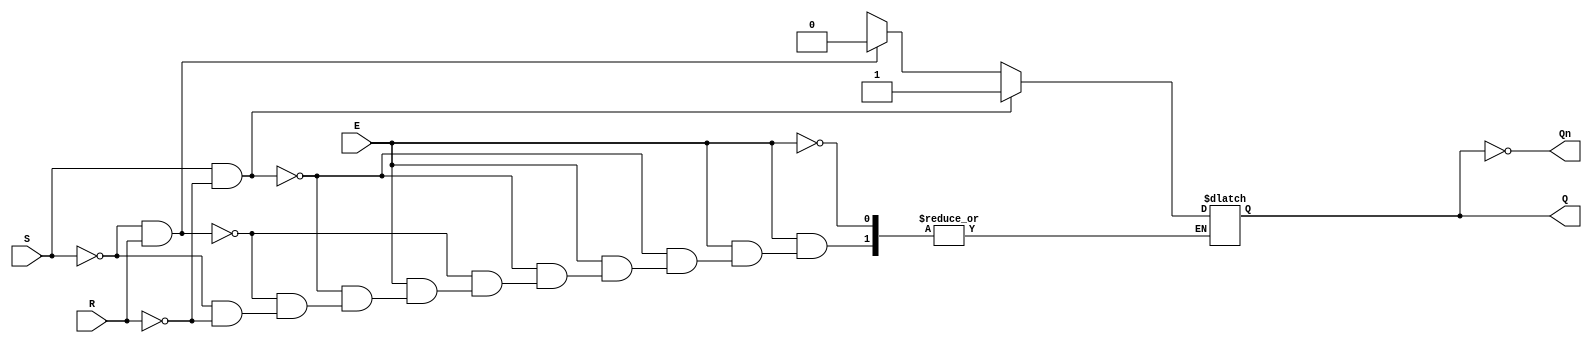
module gated_sr_latch (
    input wire S,      // Set input
    input wire R,      // Reset input
    input wire E,      // Enable input
    output reg Q,      // Output Q
    output wire Qn     // Complementary output (not Q)
);

// Complementary output assignment
assign Qn = ~Q;

// Always block to implement the gated SR latch functionality
always @(*) begin
    if (E) begin
        // Latch behavior when Enable is high
        if (S && ~R) begin
            Q = 1'b1;  // Set
        end else if (~S && R) begin
            Q = 1'b0;  // Reset
        end else if (~S && ~R) begin
            // Maintain previous state (memory)
            Q = Q;     // Hold state
        end else begin
            // Invalid state: S = 1 and R = 1
            Q = 1'bx;  // Indeterminate state
        end
    end
    // If E is low, maintain the previous state
end

endmodule